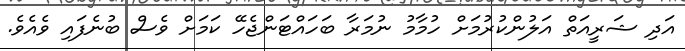
އަދި ޝަރީއަތް އަލުންކުރުމަށް ހުމާމު ނުމަރާ ބަހައްޓަންޖެހޭ ކަމަށް ވެސް ބުނެފައި ވެއެވެ.